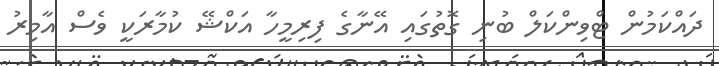
ދައްކަމުން ޓްވިންކަލް ބުނި ގޮތުގައި އޭނާގެ ފިރިމީހާ އަކްޝޭ ކުމާރަކީ ވެސް އާމިރު